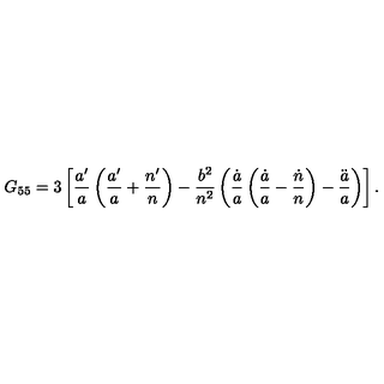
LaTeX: G _ { 5 5 } = 3 \left[ \frac { a ^ { \prime } } { a } \left( \frac { a ^ { \prime } } { a } + \frac { n ^ { \prime } } { n } \right) - \frac { b ^ { 2 } } { n ^ { 2 } } \left( \frac { \dot { a } } { a } \left( \frac { \dot { a } } { a } - \frac { \dot { n } } { n } \right) - \frac { \ddot { a } } { a } \right) \right] .